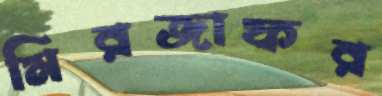
মিরজাফর